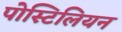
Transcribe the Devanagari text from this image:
पोस्टिलियन